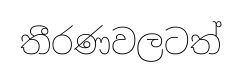
තීරණවලටත්